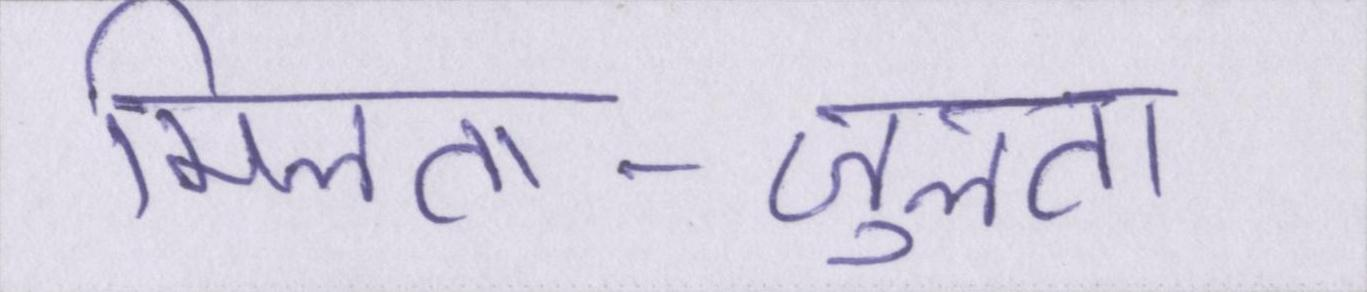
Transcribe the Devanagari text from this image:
मिलता-जुलता